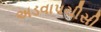
અડવાપચીસી